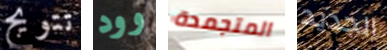
تتويج وود المتجمدة الجديد